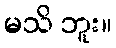
မသိ ဘူး။